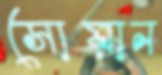
সোয়ান